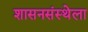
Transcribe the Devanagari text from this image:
शासनसंस्थेला